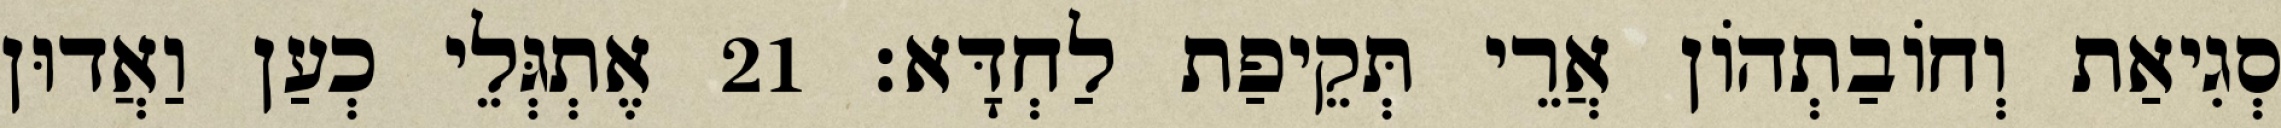
סְגִיאַת וְחוֹבַתְהוֹן אֲרֵי תְּקֵיפַת לַחְדָּא׃ 21 אֶתְגְּלֵי כְעַן וַאֲדוּן